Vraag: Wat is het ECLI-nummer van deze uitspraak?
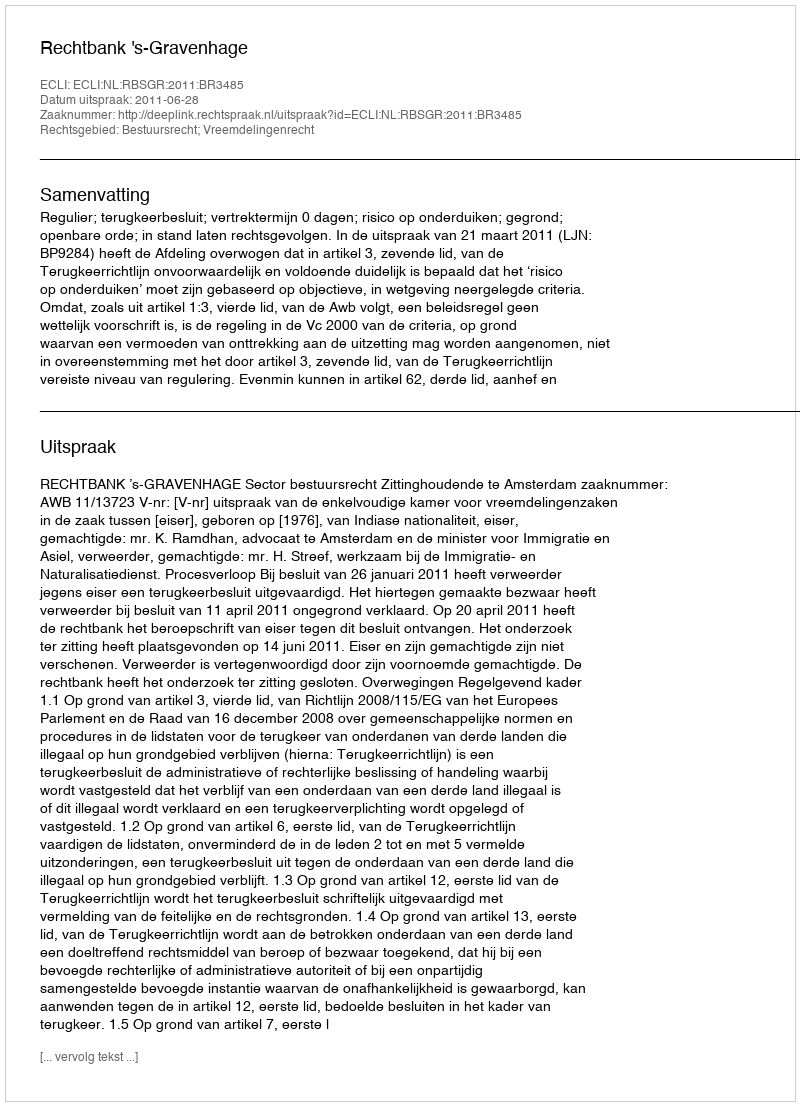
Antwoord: ECLI:NL:RBSGR:2011:BR3485